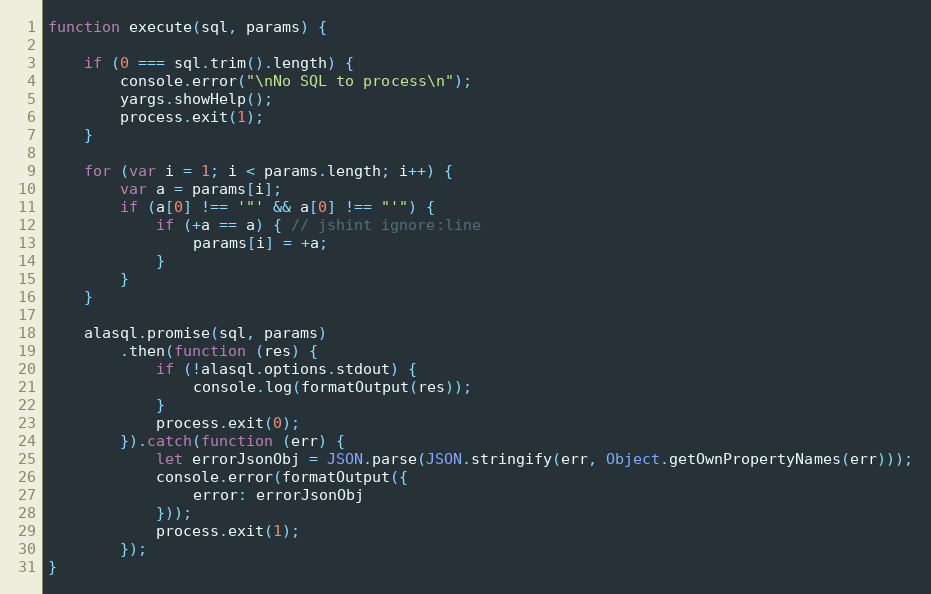
Language: JavaScript
function execute(sql, params) {

	if (0 === sql.trim().length) {
		console.error("\nNo SQL to process\n");
		yargs.showHelp();
		process.exit(1);
	}

	for (var i = 1; i < params.length; i++) {
		var a = params[i];
		if (a[0] !== '"' && a[0] !== "'") {
			if (+a == a) { // jshint ignore:line
				params[i] = +a;
			}
		}
	}

	alasql.promise(sql, params)
		.then(function (res) {
			if (!alasql.options.stdout) {
				console.log(formatOutput(res));
			}
			process.exit(0);
		}).catch(function (err) {
			let errorJsonObj = JSON.parse(JSON.stringify(err, Object.getOwnPropertyNames(err)));
			console.error(formatOutput({
				error: errorJsonObj
			}));
			process.exit(1);
		});
}